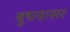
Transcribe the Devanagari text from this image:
बुधवासर